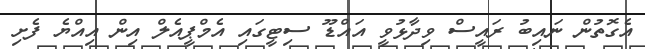
އެގޮތުން ނައިބު ރައީސް ވިދާޅުވީ އައްޑޫ ސިޓީގައި އެމްޕީއެލް އިން އިއްޔެ ފެށި